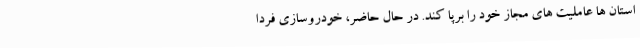
استان ها عاملیت های مجاز خود را برپا کند. در حال حاضر، خودروسازی فردا